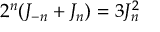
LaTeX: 2 ^ { n } ( J _ { - n } + J _ { n } ) = 3 J _ { n } ^ { 2 }